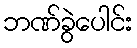
ဘဏ်ခွဲပေါင်း